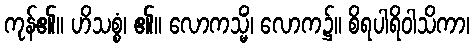
ကုန်၏။ ဟိသစ္စံ၊ ၏။ လောကသ္မိံ၊ လောက၌။ စိရပါရိဝါသိကာ၊